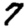
Digit: 7